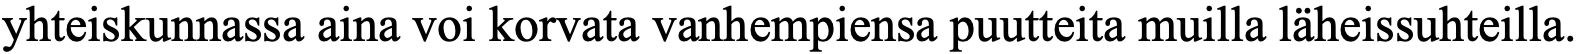
yhteiskunnassa aina voi korvata vanhempiensa puutteita muilla läheissuhteilla.